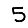
Digit: 5